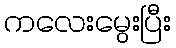
ကလေးမွေးပြီး